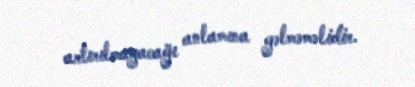
artırılmayacağı anlamına gəlməməlidir.